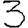
Digit: 3